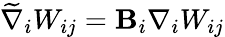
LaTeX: \widetilde{\nabla}_{i}W_{ij}=\mathbf{B}_{i}\nabla_{i}W_{ij}